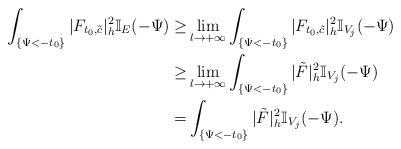
LaTeX: \begin{align*}\int_{ \{\Psi<-t_0\}}|F_{t_0,\tilde{c}}|^2_h\mathbb{I}_E(-\Psi)\ge&\lim_{l \to +\infty} \int_{ \{\Psi<-t_0\}}|F_{t_0,\tilde{c}}|^2_h\mathbb{I}_{V_j}(-\Psi)\\\ge&\lim_{l \to +\infty} \int_{ \{\Psi<-t_0\}}|\tilde F|^2_h\mathbb{I}_{V_j}(-\Psi)\\=& \int_{ \{\Psi<-t_0\}}|\tilde F|^2_h\mathbb{I}_{V_j}(-\Psi).\end{align*}